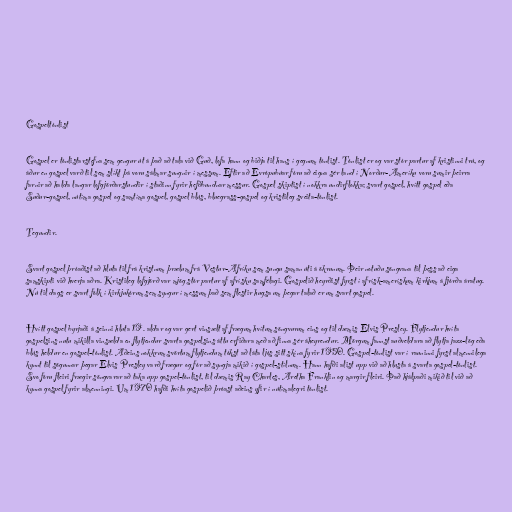
Gospeltónlist

Gospel er tónlistarstefna sem gengur út á það að tala við Guð, lofa hann og biðja til hans í gegnum tónlist. Tónlist er og var stór partur af kristinni trú, og
áður en gospel varð til sem slíkt þá voru sálmar sungnir í messum. Eftir að Evrópubúar fóru að eigna sér land í Norður-Ameríku voru sumir þeirra
farnir að halda langar lofgjörðarstundir í staðinn fyrir hefðbundnar messur. Gospel skiptist í nokkra undirflokka; svart gospel, hvítt gospel eða
Suður-gospel, nútíma gospel og samtíma gospel, gospel blús, bluegrass-gospel og kristileg sveita-tónlist.

Tegundir.

Svart gospel þróaðist að hluta til frá kristnum þrælum frá Vestur-Afríku sem sungu saman úti á ökrunum. Þeir notuðu söngvana til þess að eiga
samskipti við hverja aðra. Kristileg lofgjörð var mjög stór partur af afrísku samfélagi. Gospelið heyrðist fyrst í afrísk-amerískum kirkjum á fjórða áratug.
Nú til dags er svart fólk í kirkjukórum sem syngur í messum það sem flestir hugsa um þegar talað er um svart gospel.

Hvítt gospel byrjaði á seinni hluta 19. aldar og var gert vinsælt af frægum hvítum söngvurum eins og til dæmis Elvis Presley. Flytjendur hvíta
gospelsins nutu mikilla vinsælda en flytjendur svarta gospelsins áttu erfiðara með að finna sér áheyrendur. Mörgum fannst auðveldara að flytja jazz-lög eða
blús heldur en gospel-tónlist. Aðeins nokkrum svörtum flytjendum tókst að láta ljós sitt skína fyrir 1950. Gospel-tónlist var í rauninni fyrst almennilega
kynnt til sögunnar þegar Elvis Presley varð frægur og fór að syngja mikið í gospel-stílnum. Hann hafði alist upp við að hlusta á svarta gospel-tónlist.
Svo fóru fleiri frægir söngvarar að taka upp gospel-tónlist, til dæmis Ray Charles, Aretha Franklin og margir fleiri. Það hjálpaði mikið til við að
kynna gospel fyrir almenningi. Um 1970 hafði hvíta gospelið þróast aðeins yfir í nútímalegri tónlist.